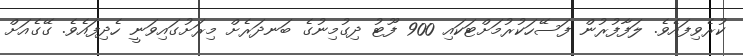
ކުރެވިފައެވެ. ލަފާފުރުން ފަސޭހަކުރުމަށްޓަކައި 900 ފޫޓު ދިގުމިނުގެ ބަނދަރެށް މިރަށުގައިވަނީ ހެދިފައެވެ. ގޭގެއަށް